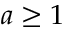
a \ge 1